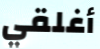
أغلقي